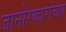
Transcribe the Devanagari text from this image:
जानोरकारांच्या